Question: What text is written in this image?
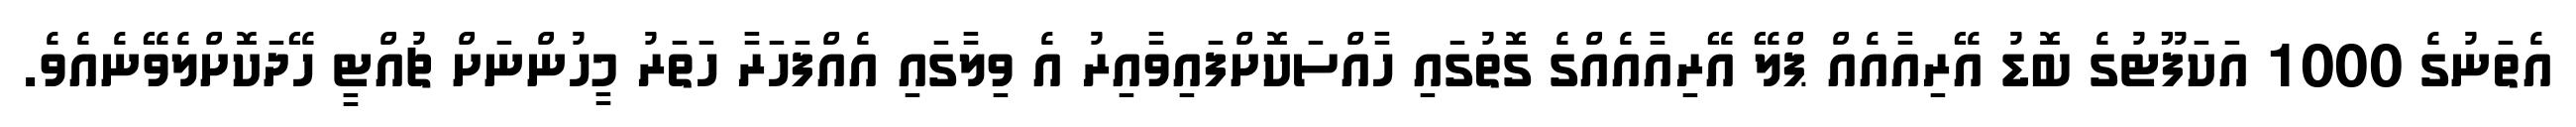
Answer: އެތަނުގެ 1000 އަކަފޫޓުގެ ބޮޑު އޭރިއާއެއް ޕްލޭ އޭރިއާއެއްގެ ގޮތުގައި ހާއްސަކޮށްފައިވާއިރު އެ ވިލާގައި އެއްފަހަރާ ހަތަރު މީހުންނަށް ޗުއްޓީ ހޭދަކޮށްލެވޭނެއެވެ.